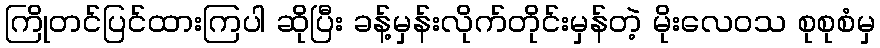
ကြိုတင်ပြင်ထားကြပါ ဆိုပြီး ခန့်မှန်းလိုက်တိုင်းမှန်တဲ့ မိုးလေဝသ စုစုစံမှ